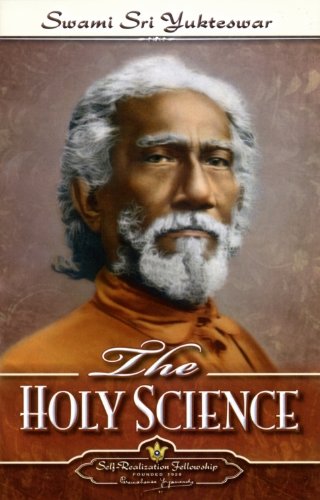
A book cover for The Holy Science (Self-Realization Fellowship); Swami Sri Yukteswar; Religion & Spirituality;